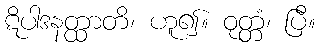
ဋိပါဒနတ္ထာတိ၊ ဟူ၍။ ဝုတ္တံ၊ ပြီ။